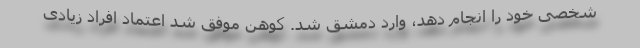
شخصی خود را انجام دهد، وارد دمشق شد. کوهن موفق شد اعتماد افراد زیادی